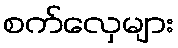
စက်လှေများ